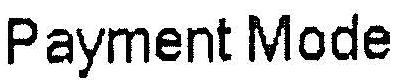
PAYMENT MODE